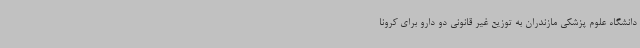
دانشگاه علوم پزشکی مازندران به توزیع غیر قانونی دو دارو برای کرونا